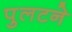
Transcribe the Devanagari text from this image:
पुलटने